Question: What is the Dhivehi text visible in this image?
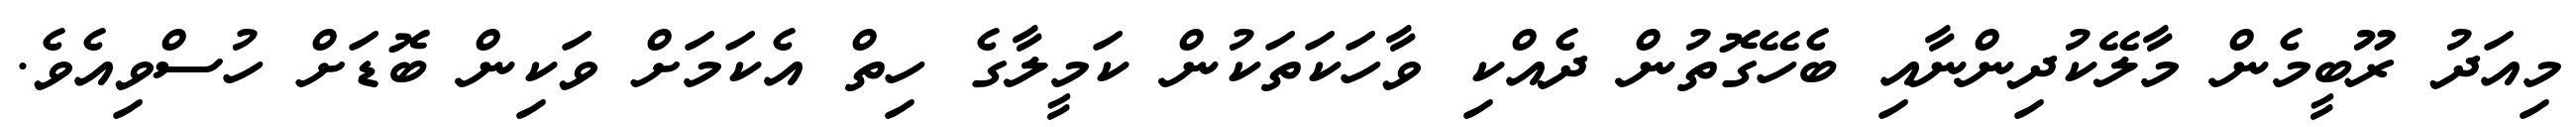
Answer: މިއަދު ރޫބީމެން މާލޭކުދިންނާއި ބެހޭގޮތުން ދެއްކި ވާހަކަތަކުން ކަމީލާގެ ހިތް އެކަމަށް ވަކިން ބޮޑަށް ހުސްވިއެވެ.